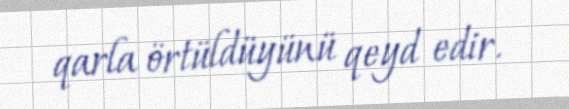
qarla örtüldüyünü qeyd edir.